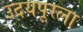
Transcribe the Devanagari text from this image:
उदयपूरला